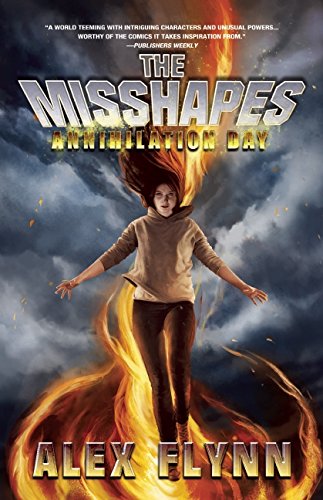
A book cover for The Misshapes: Annihilation Day; Alex Flynn; Science Fiction & Fantasy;